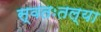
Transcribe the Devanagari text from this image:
स्वतःतल्या